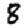
Digit: 8